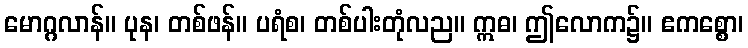
မောဂ္ဂလာန်။ ပုန၊ တစ်ဖန်။ ပရံစ၊ တစ်ပါးတုံလည။ ဣဓ၊ ဤလောက၌။ ဧကစ္စော၊